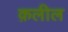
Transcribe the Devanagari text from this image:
क़लील